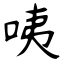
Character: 咦